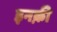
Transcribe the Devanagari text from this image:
इनक़ी